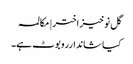
گل نوخیز اختر | مکالمہ
کیا شاندارروبوٹ ہے۔